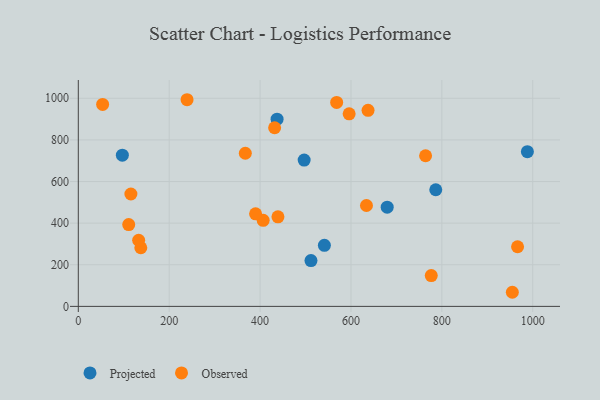
{"axis": {"x": "Study Hours", "y": "Sales"}, "legend": ["Observed", "Projected"], "data": [{"x": "679.7", "y": 476.9, "type": "Projected"}, {"x": "437.4", "y": 899.8, "type": "Projected"}, {"x": "497.0", "y": 703.0, "type": "Projected"}, {"x": "988.2", "y": 743.3, "type": "Projected"}, {"x": "541.5", "y": 293.6, "type": "Projected"}, {"x": "96.9", "y": 726.7, "type": "Projected"}, {"x": "786.6", "y": 560.6, "type": "Projected"}, {"x": "512.0", "y": 220.1, "type": "Projected"}, {"x": "432.0", "y": 858.4, "type": "Observed"}, {"x": "966.6", "y": 286.5, "type": "Observed"}, {"x": "406.8", "y": 413.5, "type": "Observed"}, {"x": "390.1", "y": 444.9, "type": "Observed"}, {"x": "776.7", "y": 148.2, "type": "Observed"}, {"x": "137.5", "y": 281.8, "type": "Observed"}, {"x": "764.2", "y": 723.9, "type": "Observed"}, {"x": "239.3", "y": 993.1, "type": "Observed"}, {"x": "53.5", "y": 970.7, "type": "Observed"}, {"x": "132.8", "y": 317.7, "type": "Observed"}, {"x": "110.9", "y": 393.3, "type": "Observed"}, {"x": "634.1", "y": 484.7, "type": "Observed"}, {"x": "955.1", "y": 67.8, "type": "Observed"}, {"x": "568.5", "y": 979.9, "type": "Observed"}, {"x": "115.7", "y": 540.1, "type": "Observed"}, {"x": "367.5", "y": 735.9, "type": "Observed"}, {"x": "637.6", "y": 942.0, "type": "Observed"}, {"x": "439.3", "y": 430.5, "type": "Observed"}, {"x": "596.0", "y": 925.4, "type": "Observed"}]}